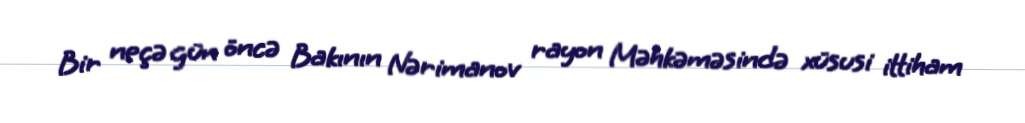
Bir neçə gün öncə Bakının Nərimanov rayon Məhkəməsində xüsusi ittiham